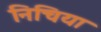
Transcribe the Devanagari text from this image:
निचिया